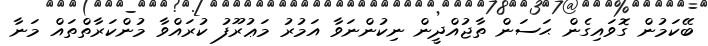
ބޭކަމުން ގޮވައިގެން ޙަސަން ތާޖުއްދީން ނިކުންނަވާ އަމުރު މަޢުރޫފު ކުރައްވާ މުންކަރާތްތައް މަނާ